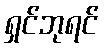
ရှင်ဘုရင်